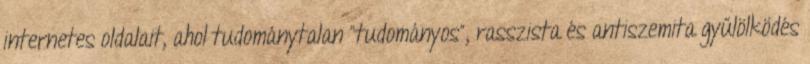
internetes oldalait, ahol tudománytalan “tudományos”, rasszista és antiszemita gyűlölködés